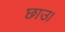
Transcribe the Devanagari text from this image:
छाउ।